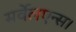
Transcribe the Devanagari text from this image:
सर्वेलएन्स।